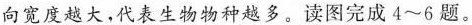
下图表示地球上部分生物类型出现的时间范围，横